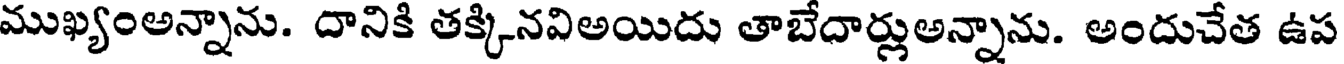
ముఖ్యంఅన్నాను. దానికి తక్కినవిఅయిదు తాబేదార్లుఅన్నాను. అందుచేత ఉప